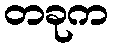
တခုက